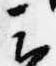
云